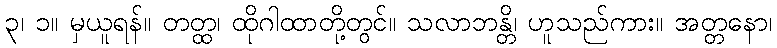
၃၊ ၁။ မှယူရန်။ တတ္ထ၊ ထိုဂါထာတို့တွင်။ သလာဘန္တိ၊ ဟူသည်ကား။ အတ္တနော၊